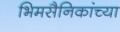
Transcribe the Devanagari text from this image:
भिमसैनिकांच्या